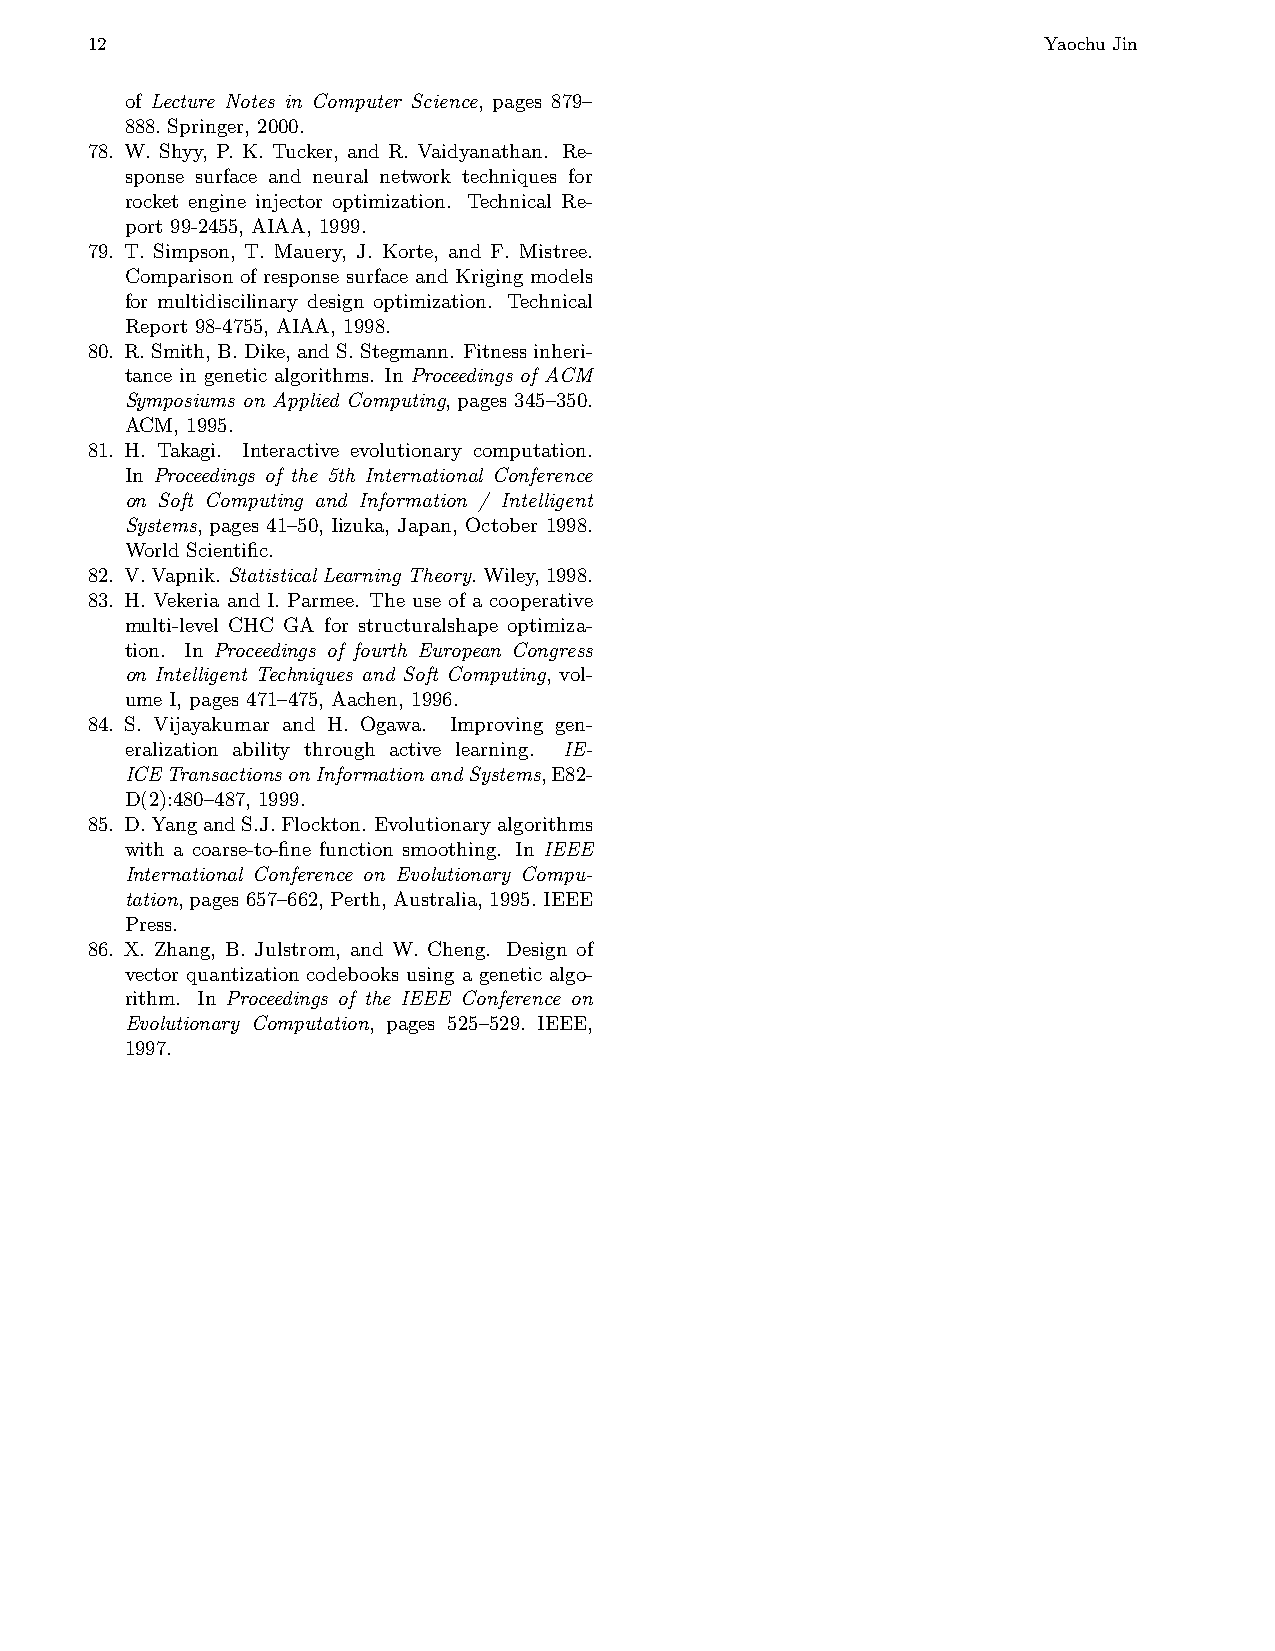
12                                                             Yaochu Jin
 of Lecture Notes in Computer Science, pages 879–
 888. Springer, 2000.
 78. W. Shyy, P. K. Tucker, and R. Vaidyanathan. Re-
 sponse surface and neural network techniques for
 rocket engine injector optimization. Technical Re-
 port 99-2455, AIAA, 1999.
 79. T. Simpson, T. Mauery, J. Korte, and F. Mistree.
 Comparison of response surface and Kriging models
 for multidiscilinary design optimization. Technical
 Report 98-4755, AIAA, 1998.
 80. R.Smith,B.Dike,andS.Stegmann. Fitnessinheri-
 tance in genetic algorithms. In Proceedings of ACM
 Symposiums on Applied Computing, pages 345–350.
 ACM, 1995.
 81. H. Takagi. Interactive evolutionary computation.
 In Proceedings of the 5th International Conference
 on Soft Computing and Information / Intelligent
 Systems, pages 41–50, Iizuka, Japan, October 1998.
 World Scientific.
 82. V.Vapnik. StatisticalLearningTheory. Wiley,1998.
 83. H. Vekeria and I. Parmee. The use of a cooperative
 multi-level CHC GA for structuralshape optimiza-
 tion. In Proceedings of fourth European Congress
 on Intelligent Techniques and Soft Computing, vol-
 ume I, pages 471–475, Aachen, 1996.
 84. S. Vijayakumar and H. Ogawa. Improving gen-
 eralization ability through active learning. IE-
 ICETransactionsonInformationandSystems,E82-
 D(2):480–487, 1999.
 85. D.YangandS.J.Flockton. Evolutionaryalgorithms
 with a coarse-to-fine function smoothing. In IEEE
 International Conference on Evolutionary Compu-
 tation, pages 657–662, Perth, Australia, 1995. IEEE
 Press.
 86. X. Zhang, B. Julstrom, and W. Cheng. Design of
 vector quantization codebooks using a genetic algo-
 rithm. In Proceedings of the IEEE Conference on
 Evolutionary Computation, pages 525–529. IEEE,
 1997.